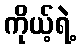
ကိုယ့်ရဲ့